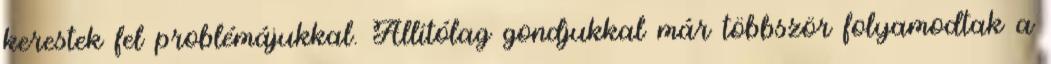
kerestek fel problémájukkal. Állítólag gondjukkal már többször folyamodtak a